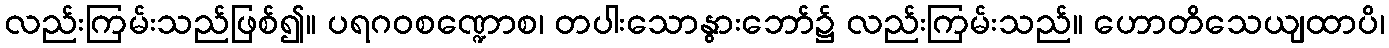
လည်းကြမ်းသည်ဖြစ်၍။ ပရဂဝစဏ္ဍောစ၊ တပါးသောနွားဘော်၌ လည်းကြမ်းသည်။ ဟောတိသေယျထာပိ၊